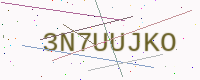
Text: 3N7UUJKO